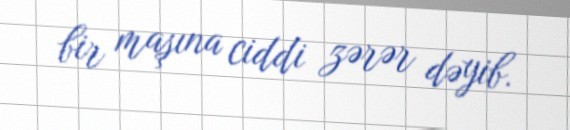
bir maşına ciddi zərər dəyib.